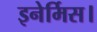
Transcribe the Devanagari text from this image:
इनेर्मिस।